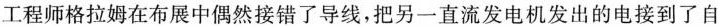
工程师格拉姆在布展中偶然接错了导线，把另一直流发电机发出的电接到了自